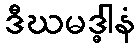
ဒီဃမဒ္ဓါနံ